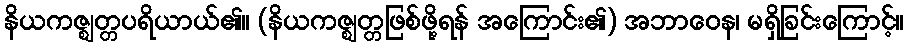
နိယကဇ္ဈတ္တပရိယာယ်၏။ (နိယကဇ္ဈတ္တဖြစ်ဖို့ရန် အကြောင်း၏) အဘာဝေန၊ မရှိခြင်းကြောင့်။